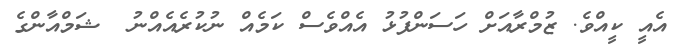
އެއީ ކީއްވެ. ޒުމްރާއަށް ހަސަންފުޅު އެއްވެސް ކަމެއް ނުކުރެއެއްނު  ޝަމްއާންގެ